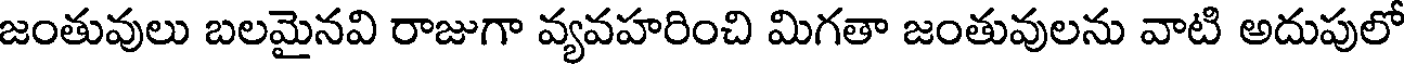
జంతువులు బలమైనవి రాజుగా వ్యవహరించి మిగతా జంతువులను వాటి అదుపులో